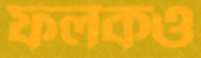
ফলকও